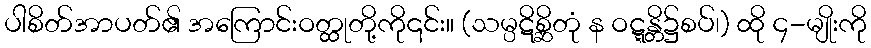
ပါစိတ်အာပတ်၏ အကြောင်းဝတ္ထုတို့ကို၎င်း။ (သမ္ပဋိစ္ဆိတုံ န ဝဋ္ဋန္တိ၌စပ်၊) ထို ၄-မျိုးကို